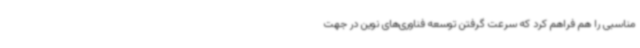
مناسبی را هم فراهم کرد که سرعت گرفتن توسعه فناوری‌های نوین در جهت